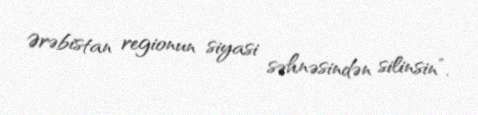
Ərəbistan regionun siyasi səhnəsindən silinsin”.